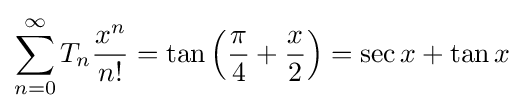
\sum _{n=0}^{\infty }T_{n}{\frac {x^{n}}{n!}}=\tan \left({\frac {\pi }{4}}+{\frac {x}{2}}\right)=\sec x+\tan x